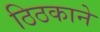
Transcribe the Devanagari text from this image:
ठिठकाने